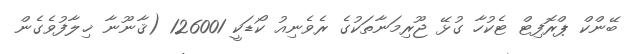
ބޭންކް ޕްރޮފިޓް ޓެކުހާ ގުޅޭ ޖޫރިމަނާތަކުގެ ރެވެނިއު ކޯޑަކީ 126001 (ޤާނޫނާ ޚިލާފުވެގެން